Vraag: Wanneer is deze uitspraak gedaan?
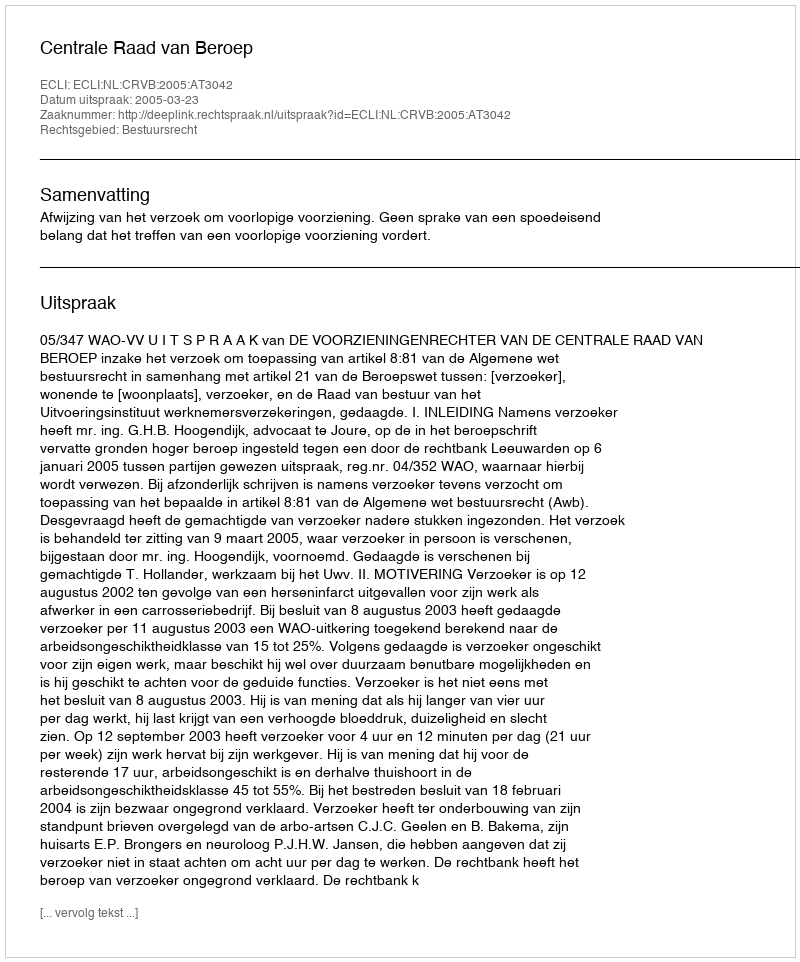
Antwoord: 2005-03-23